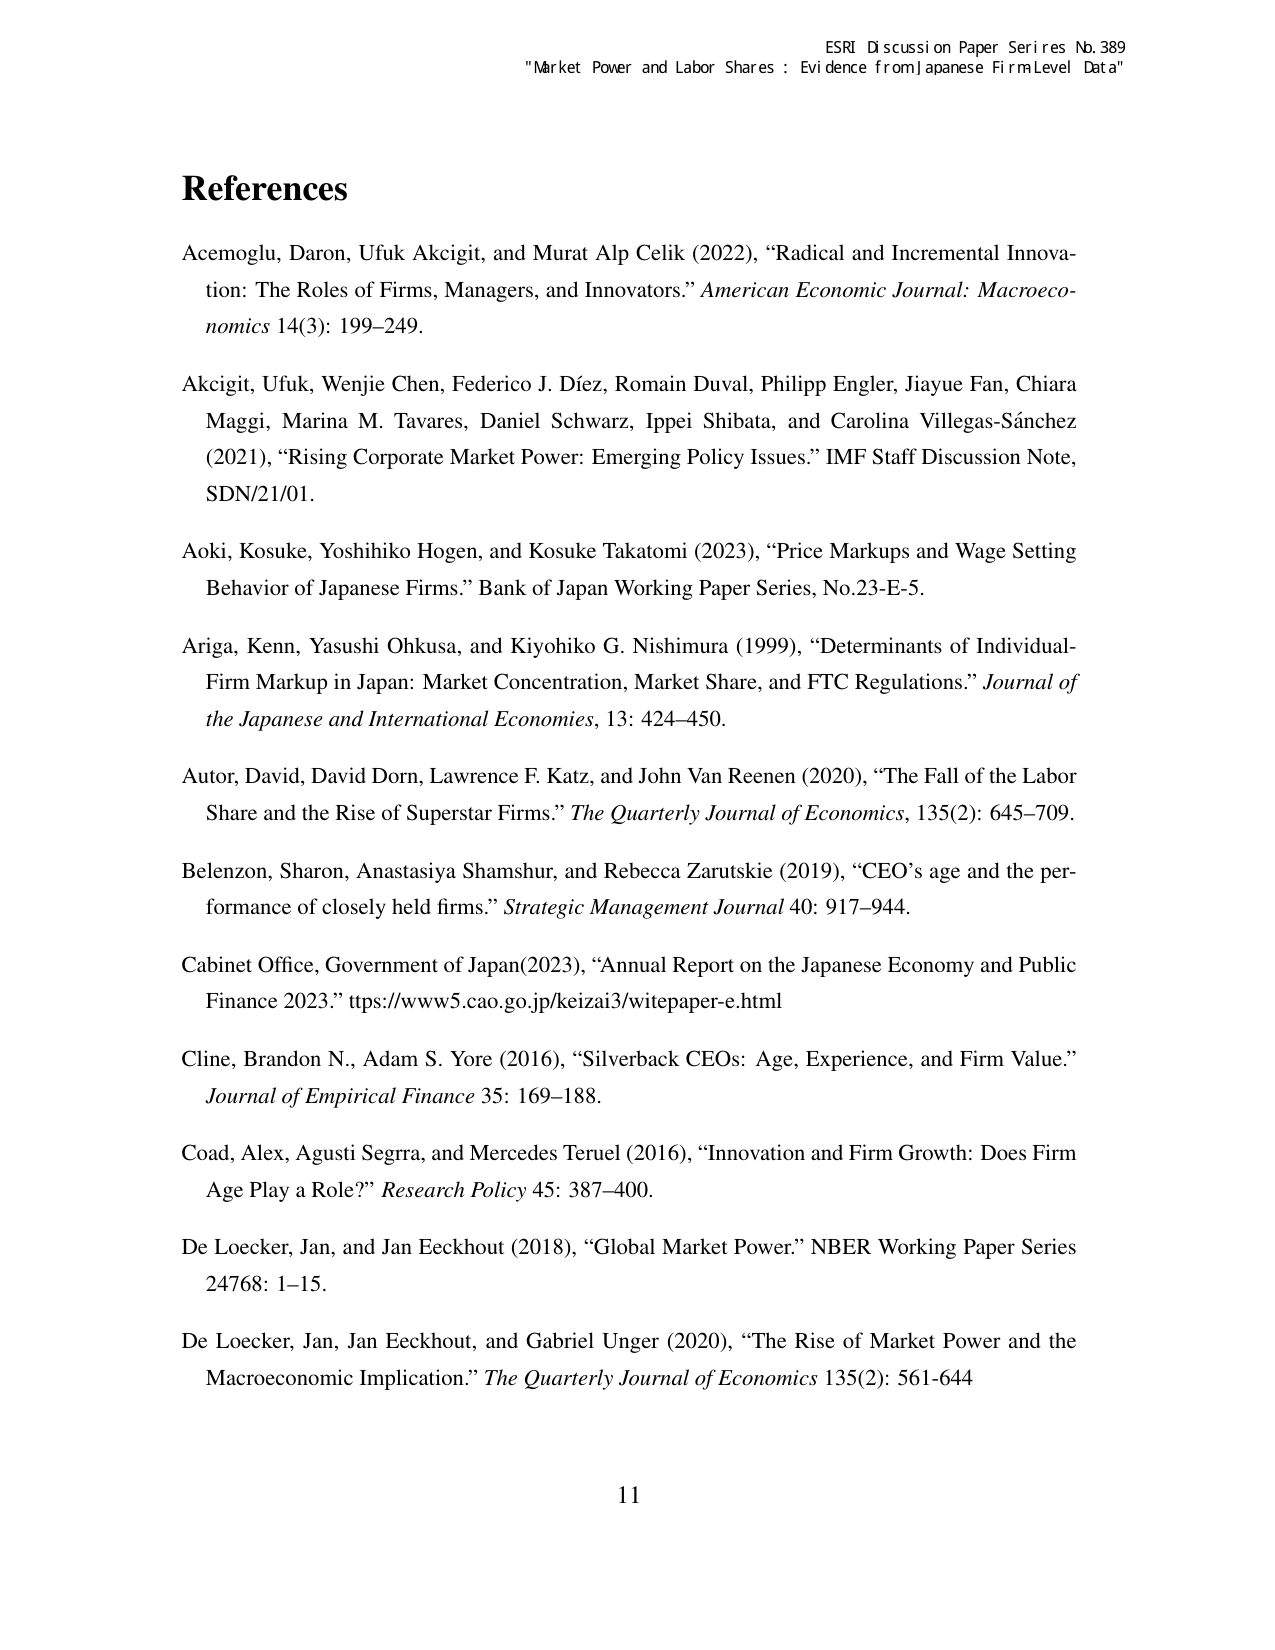
ESRI Discussion Paper Series No. 389
"Market Power and Labor Shares: Evidence from Japanese Firm Level Data"

References

Acemoglu, Daron, Ufuk Akcigit, and Murat Alp Celik (2022), “Radical and Incremental Innovation: The Roles of Firms, Managers, and Innovators.” American Economic Journal: Macroeconomics 14(3): 199–249.

Akcigit, Ufuk, Wenjie Chen, Federico J. Díez, Romain Duval, Philipp Engler, Jiayue Fan, Chiara Maggi, Marina M. Tavares, Daniel Schwarz, Ippei Shibata, and Carolina Villegas-Sánchez (2021), “Rising Corporate Market Power: Emerging Policy Issues.” IMF Staff Discussion Note, SDN/21/01.

Aoki, Kosuke, Yoshihiko Hogen, and Kosuke Takatomi (2023), “Price Markups and Wage Setting Behavior of Japanese Firms.” Bank of Japan Working Paper Series, No.23-E-5.

Ariga, Kenn, Yasushi Ohkusa, and Kiyohiko G. Nishimura (1999), “Determinants of Individual-Firm Markup in Japan: Market Concentration, Market Share, and FTC Regulations.” Journal of the Japanese and International Economies, 13: 424–450.

Autor, David, David Dorn, Lawrence F. Katz, and John Van Reenen (2020), “The Fall of the Labor Share and the Rise of Superstar Firms.” The Quarterly Journal of Economics, 135(2): 645–709.

Belenzon, Sharon, Anastasiya Shamshur, and Rebecca Zarutskie (2019), “CEO’s age and the performance of closely held firms.” Strategic Management Journal 40: 917–944.

Cabinet Office, Government of Japan (2023), “Annual Report on the Japanese Economy and Public Finance 2023.” https://www5.cao.go.jp/keizai3/witepaper-e.html

Cline, Brandon N., Adam S. Yore (2016), “Silverback CEOs: Age, Experience, and Firm Value.” Journal of Empirical Finance 35: 169–188.

Coad, Alex, Agusti Segra, and Mercedes Teruel (2016), “Innovation and Firm Growth: Does Firm Age Play a Role?” Research Policy 45: 387–400.

De Loecker, Jan, and Jan Eeckhout (2018), “Global Market Power.” NBER Working Paper Series 24768: 1–15.

De Loecker, Jan, Jan Eeckhout, and Gabriel Unger (2020), “The Rise of Market Power and the Macroeconomic Implication.” The Quarterly Journal of Economics 135(2): 561–644

11